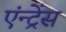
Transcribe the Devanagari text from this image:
एंन्ट्रेंस